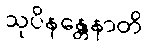
သုပိနန္တေနာတိ